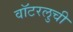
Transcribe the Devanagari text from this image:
वॉटरलुची